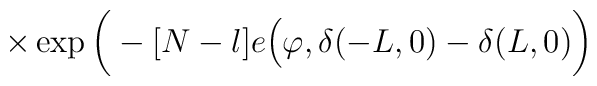
\times \exp \bigg( - [N-l] e \Big( \varphi, \delta(-L,0) - \delta(L,0) \bigg)